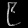
Digit: ၉